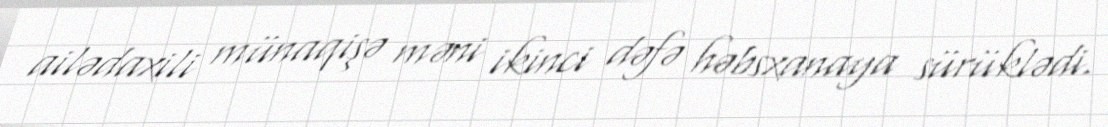
ailədaxili münaqişə məni ikinci dəfə həbsxanaya sürüklədi.